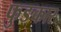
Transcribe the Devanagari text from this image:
फुङकार